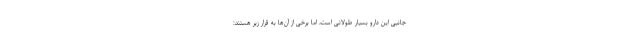
جانبی این دارو بسیار طولانی است، اما برخی از آن‌ها به قرار زیر هستند: